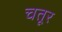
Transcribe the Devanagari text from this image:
चतूर